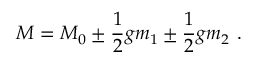
M = M _ { 0 } \pm { \frac { 1 } { 2 } } g m _ { 1 } \pm { \frac { 1 } { 2 } } g m _ { 2 } \ .